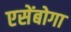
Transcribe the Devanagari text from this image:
एसेंबोगा